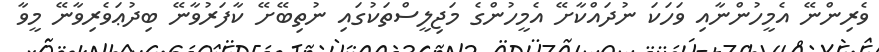
ވެރިންނޭ އެމީހުންނާއި ވަހަކަ ނުދައްކާށޭ އެމީހުންގެ މަޖިލީސްތަކުގައި ނުތިބޭށޭ ކާފަރުވާނޭ ބިދުޢަވެރިވާނޭ މީވާ